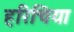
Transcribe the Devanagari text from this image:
हरिचिया